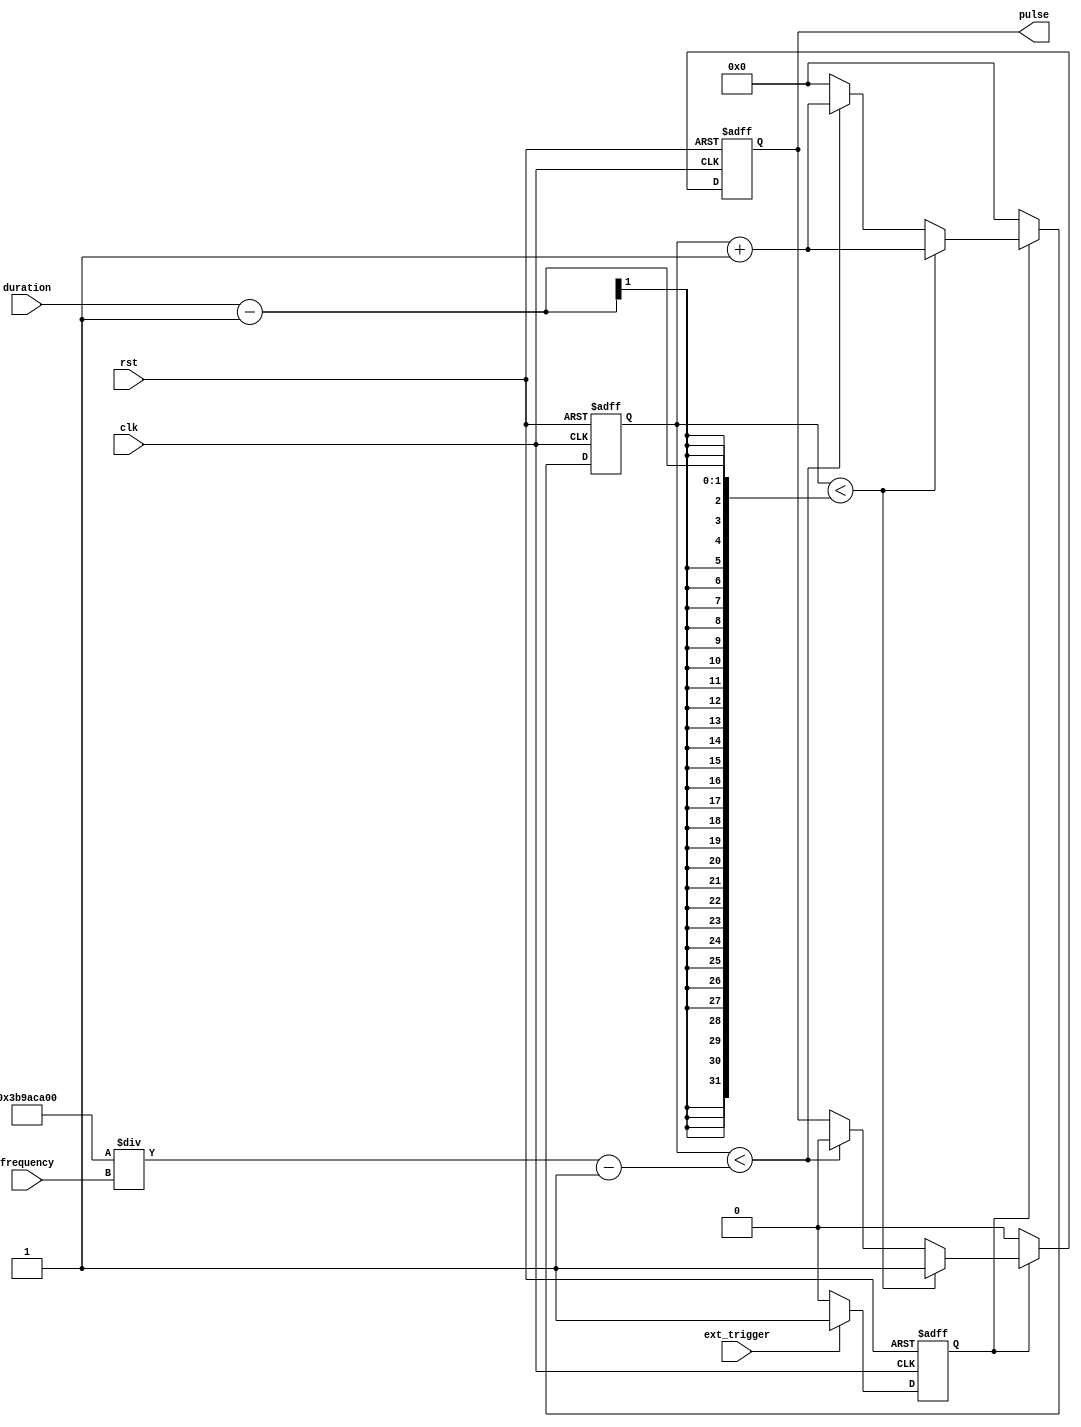
module AsynchronousPulseGenerator (
    input wire clk,
    input wire rst,
    input wire ext_trigger,
    input wire duration,
    input wire frequency,
    output reg pulse
);

reg [31:0] counter;
reg [31:0] pulse_duration = duration - 1;
reg [31:0] pulse_period = 1000000000 / frequency;
reg trigger;

always @(posedge clk or posedge rst) begin
    if (rst) begin
        trigger <= 0;
        counter <= 0;
        pulse <= 0;
    end else begin
        if (ext_trigger) begin
            trigger <= ext_trigger;
        end else begin
            trigger <= 1'b0;
        end
        
        if (trigger) begin
            if (counter < pulse_duration) begin
                pulse <= 1'b1;
                counter <= counter + 1;
            end else begin
                if (counter < pulse_period - 1) begin
                    pulse <= 1'b0;
                    counter <= counter + 1;
                end else begin
                    counter <= 0;
                end
            end
        end else begin
            pulse <= 0;
            counter <= 0;
        end
    end
end

endmodule